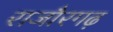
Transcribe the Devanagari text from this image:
राजौरगढ़